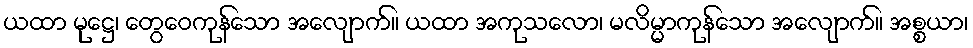
ယထာ မုဋ္ဌေ၊ တွေဝေကုန်သော အလျောက်။ ယထာ အကုသလော၊ မလိမ္မာကုန်သော အလျောက်။ အစ္စယာ၊